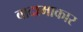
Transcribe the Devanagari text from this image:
बादामाकार